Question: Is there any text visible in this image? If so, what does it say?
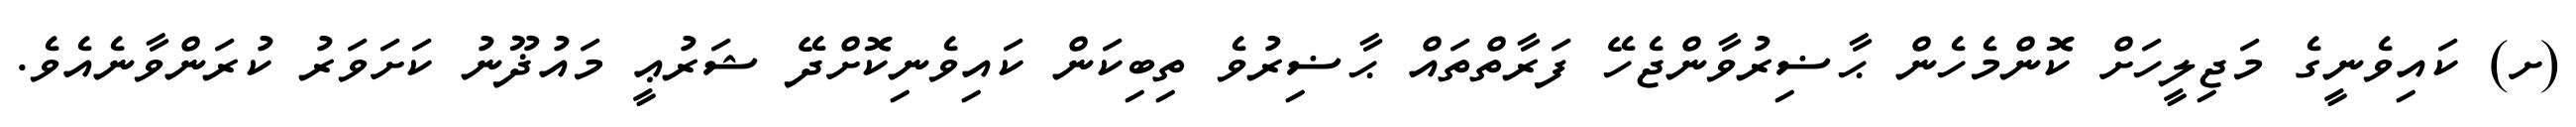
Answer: (ށ) ކައިވެނީގެ މަޖިލީހަށް ކޮންމެހެން ޙާޟިރުވާންޖެހޭ ފަރާތްތައް ޙާޟިރުވެ ތިބިކަން ކައިވެނިކޮށްދޭ ޝަރުޢީ މައުޛޫނު ކަށަވަރު ކުރަންވާނެއެވެ.